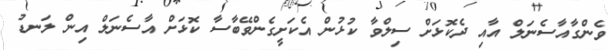
ވެންގާއާސެނަލް އާއި ދެކޮޅަށް ސިލްވާ ކުޅުން އެކަށީގެންވޭބާސާ ކޮޅަށް އާސެނަލް އިން ލަނޑު